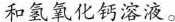
和氢氧化钙溶液。